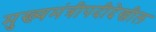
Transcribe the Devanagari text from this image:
मुख्यमंत्रीपदीदेखील